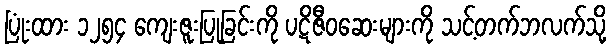
ပြုံးထား ၁၂၅၄ ကျေးဇူးပြုခြင်းကို ပဋိဇီဝဆေးများကို သင့်တက်ဘလက်သို့